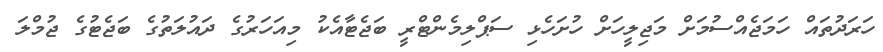
ހަރަދުތައް ހަމަޖެއްސުމަށް މަޖިލީހަށް ހުށަހެޅި ސަޕްލިމެންޓްރީ ބަޖެޓާއެކު މިއަހަރުގެ ދައުލަތުގެ ބަޖެޓުގެ ޖުމްލަ